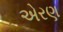
એરણ